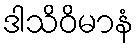
ဒါသိဝိမာနံ